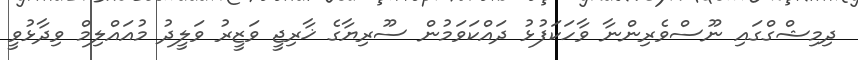
ދިމިޝްގްގައި ނޫސްވެރިންނާ ވާހަކަފުޅު ދައްކަވަމުން ސޫރިޔާގެ ޚާރިޖީ ވަޒީރު ވަލީދު މުއައްލިމް ވިދާޅުވީ